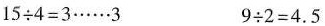
$$1 5 \div 4 = 3 \cdots \cdots 3$$ $$9 \div 2 = 4 . 5$$